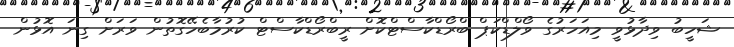
ޝަހީބު ވިދާޅުވީ މިއަހަރުގެ ވޯލްޑްކަޕް ބްރޯޑްކާސްޓްކޮށް ރީބްރޯޑްކާސްޓް ކުރުމާބެހޭގޮތުން ވަރަށް ގިނަ އޮޅުން